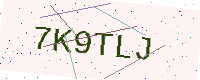
Text: 7K9TLJ